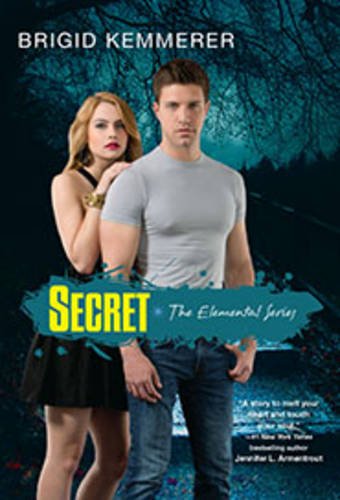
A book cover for Secret (Elemental); Brigid Kemmerer; Teen & Young Adult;